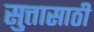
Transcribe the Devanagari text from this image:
सुत्तासाठी